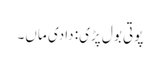
پوتی بول پڑی: دادی ماں۔